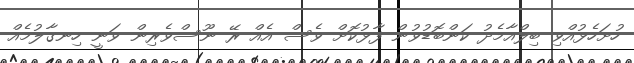
ހުށަހެޅުއްވި ބިލްއާމެދު ކަންބޮޑުވުން ފާޅުކޮށް ވެސް އެއް ރޭ ނޫސްވެރިން ވަނީ ހިނގާލުމެއް